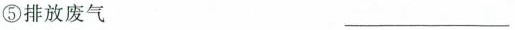
⑤排放废气 ___